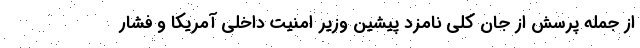
از جمله پرسش از جان کلی نامزد پیشین وزیر امنیت داخلی آمریکا و فشار